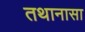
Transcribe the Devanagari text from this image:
तथानासा